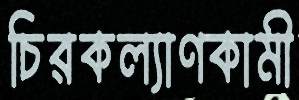
চিরকল্যাণকামী